Annual administration report of the Bombay Presidency - 1887-1892
Year: 1887
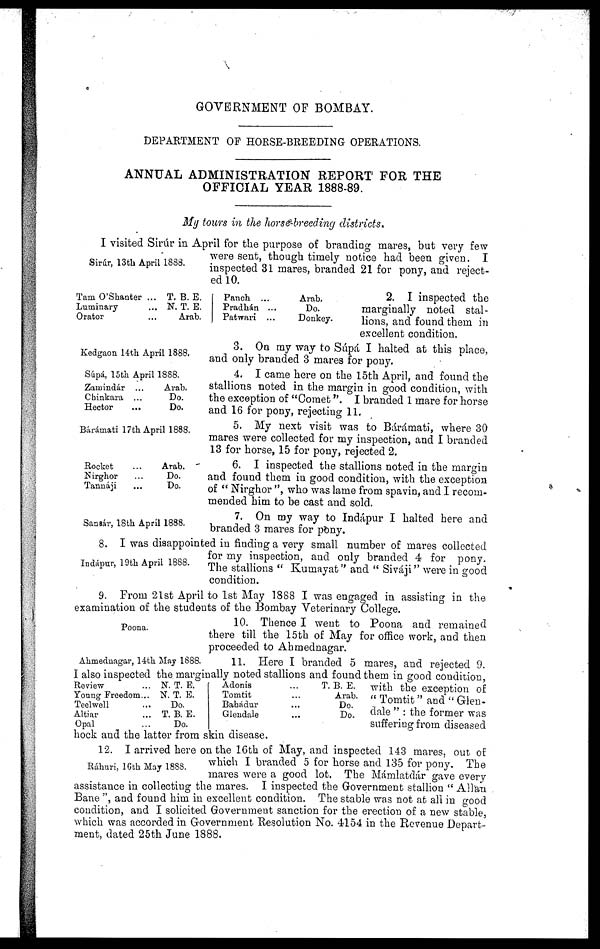
GOVERNMENT OF BOMBAY.
DEPARTMENT OF HORSE-BREEDING OPERATIONS.
ANNUAL ADMINISTRATION REPORT FOR THE
OFFICIAL YEAR 1888-89.
My tours in the horse-breeding districts.
Sirúr, 13th April 1888.
I visited Sirúr in April for the purpose of branding mares, but very few
were sent, though timely notice had been given. I
inspected 31 mares, branded 21 for pony, and reject-
ed 10.
Tam O'Shanter
Luminary
Orator
...
...
...
T. B. E.
N. T. E.
Arab.
Panch
Pradhán
Patwari
...
...
Arab.
Do.
Donkey.
2. I inspected the
marginally noted stal-
lions, and found them in
excellent condition.
Kedgaon 14th April 1888.
3. On my way to Súpá I halted at this place,
and only branded 3 mares for pony.
Súpá, 15th April 1888.
Zamindár
Chinkara
Hector
...
...
...
Arab.
Do.
Do.
4. I came here on the 15th April, and found the
stallions noted in the margin in good condition, with
the exception of "Comet". I branded 1 mare for horse
and 16 for pony, rejecting 11.
Bárámati 17th April 1888.
5. My next visit was to Bárámati, where 30
mares were collected for my inspection, and I branded
13 for horse, 15 for pony, rejected 2.
Rocket
Nirghor
Tannáji
...
...
...
Arab.
Do.
Do.
6. I inspected the stallions noted in the margin
and found them in good condition, with the exception
of " Nirghor ", who was lame from spavin, and I recom-
mended him to be cast and sold.
Sansár, 18th April 1888.
7. On my way to Indápur I halted here and
branded 3 mares for pony.
Indápur, 19th April 1888.
8. I was disappointed in finding a very small number of mares collected
for my inspection, and only branded 4 for pony.
The stallions " Kumayat" and " Siváji" were in good
condition.
9. From 21st April to 1st May 1888 I was engaged in assisting in the
examination of the students of the Bombay Veterinary College.
Poona.
10. Thence I went to Poona and remained
there till the 15th of May for office work, and then
proceeded to Ahmednagar.
Ahmednagar, 14th May 1888.
11. Here I branded 5 mares, and rejected 9.
I also inspected the. marginally noted stallions and found them in good condition,
with the exception of
"Tomtit" and "Glen-
dale " : the former was
suffering from diseased
hock and the latter from skin disease.
Review
Young Freedom
Teelwell
Altiar
Opal
...
...
...
...
...
N. T. E.
N. T. E.
Do.
T. B. E.
Do.
Adonis
Tomtit
Bahádur
Glendale
...
...
...
...
T. B. E.
Arab.
Do.
Do.
Ráhuri, 16th May 1888.
12. I arrived here on the 16th of May, and inspected 143 mares, out of
which I branded 5 for horse and 135 for pony. The
mares were a good lot. The Mámlatdár gave every
assistance in collecting the mares. I inspected the Government stallion " Allan
Bane ", and found him in excellent condition. The stable was not at all in good
condition, and I solicited Government sanction for the erection of a new stable,
which was accorded in Government Resolution No. 4154 in the Revenue Depart-
ment, dated 25th June 1888.